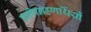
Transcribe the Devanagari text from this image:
पाणिग्रहणर्थियों